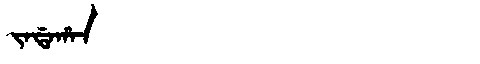
Manchu: ᠵᠠᡩᠠᡥᠠᠨ
Romanization: JADAHAN